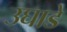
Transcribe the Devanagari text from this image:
उघाडे